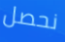
نحصل